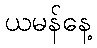
ယမန်နေ့